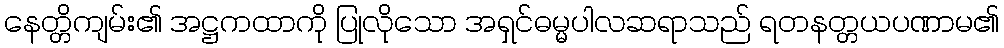
နေတ္တိကျမ်း၏ အဋ္ဌကထာကို ပြုလိုသော အရှင်ဓမ္မပါလဆရာသည် ရတနတ္တယပဏာမ၏